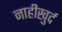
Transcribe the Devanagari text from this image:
नाहीखुर्द